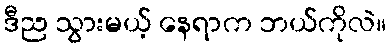
ဒီည သွားမယ့် နေရာက ဘယ်ကိုလဲ။